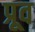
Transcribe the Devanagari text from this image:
प्रूव